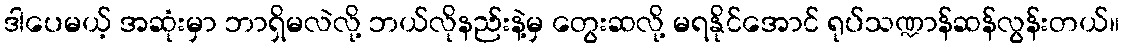
ဒါပေမယ့် အဆုံးမှာ ဘာရှိမလဲလို့ ဘယ်လိုနည်းနဲ့မှ တွေးဆလို့ မရနိုင်အောင် ရုပ်သဏ္ဍာန်ဆန်လွန်းတယ်။